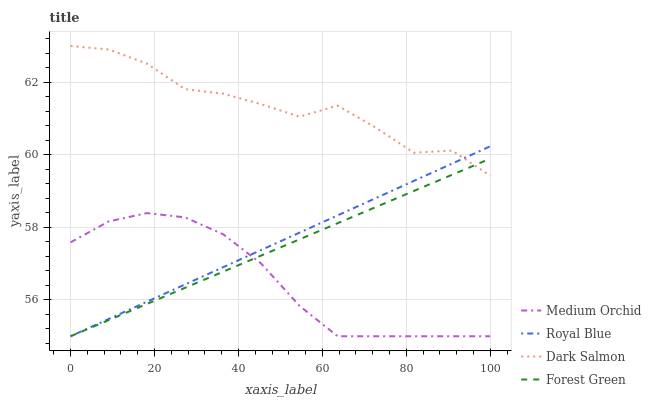
| xaxis_label | Medium Orchid | Royal Blue | Dark Salmon | Forest Green |
 | --- | --- | --- | --- | --- |
 | 0 | 57.6 | 55 | 63 | 55 |
 | 9.09 | 58.2 | 55.5 | 62.9 | 55.4 |
 | 18.2 | 58.4 | 56 | 62.5 | 55.9 |
 | 27.3 | 58.3 | 56.4 | 61.8 | 56.3 |
 | 36.4 | 57.8 | 56.9 | 61.7 | 56.8 |
 | 45.5 | 57 | 57.4 | 61.4 | 57.2 |
 | 54.5 | 55.8 | 57.9 | 61.1 | 57.7 |
 | 63.6 | 55 | 58.3 | 61.4 | 58.1 |
 | 72.7 | 55 | 58.8 | 60.8 | 58.6 |
 | 81.8 | 55 | 59.3 | 60.1 | 59 |
 | 90.9 | 55 | 59.8 | 60.1 | 59.5 |
 | 100 | 55 | 60.2 | 59.4 | 59.9 |